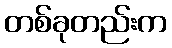
တစ်ခုတည်းက